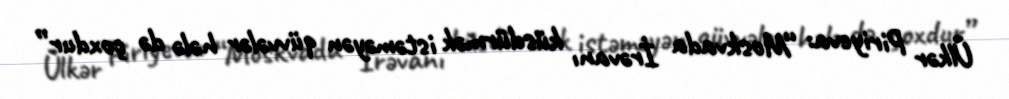
Ülkər Piriyeva: “Moskvada İrəvanı küsdürmək istəməyən qüvvələr hələ də çoxdur”